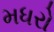
મધરો